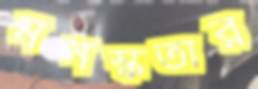
মনস্কতার